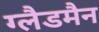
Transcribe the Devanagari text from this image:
ग्लैडमैन